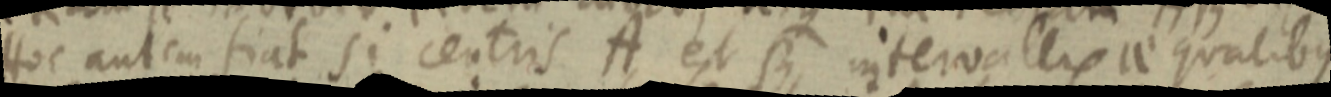
Hoc autem fiat si centris A et B intervallis aequalibus